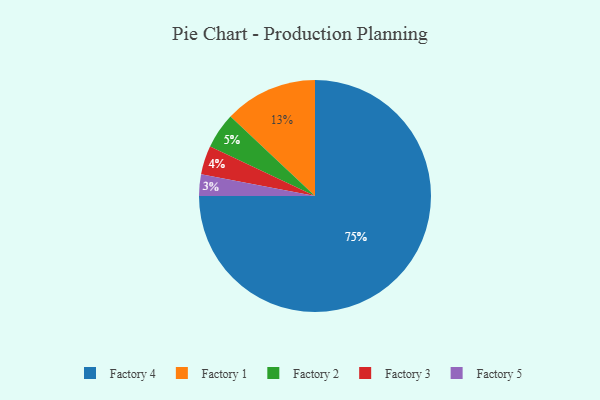
{"axis": {"x": "Category", "y": "Percentage"}, "legend": ["Factory 1", "Factory 2", "Factory 3", "Factory 4", "Factory 5"], "data": [{"x": "Factory 1", "y": 13, "type": "Factory 1"}, {"x": "Factory 4", "y": 75, "type": "Factory 4"}, {"x": "Factory 3", "y": 4, "type": "Factory 3"}, {"x": "Factory 5", "y": 3, "type": "Factory 5"}, {"x": "Factory 2", "y": 5, "type": "Factory 2"}]}